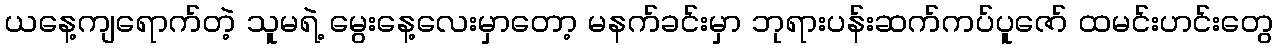
ယနေ့ကျရောက်တဲ့ သူမရဲ့ မွေးနေ့လေးမှာတော့ မနက်ခင်းမှာ ဘုရားပန်းဆက်ကပ်ပူဇော် ထမင်းဟင်းတွေ